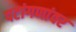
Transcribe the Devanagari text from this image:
पटांगणांवर